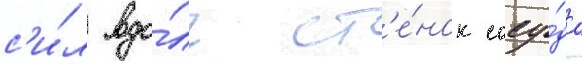
с'и́л вдо́ль ст'е́нок сосу́да